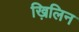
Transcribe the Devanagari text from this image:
ख़िलिन